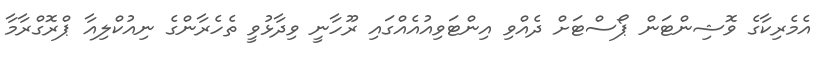
އެމެރިކާގެ ވޮޝިންޓަން ޕޯސްޓަށް ދެއްވި އިންޓަވިއުއެއްގައި ރޫހާނީ ވިދާޅުވީ ތެހެރާންގެ ނިއުކްލިއާ ޕްރޮގްރާމާ